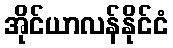
အိုင်ယာလန်နိုင်ငံ